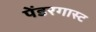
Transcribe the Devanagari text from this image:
पेंडरगास्ट